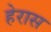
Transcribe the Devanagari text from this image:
हेरास